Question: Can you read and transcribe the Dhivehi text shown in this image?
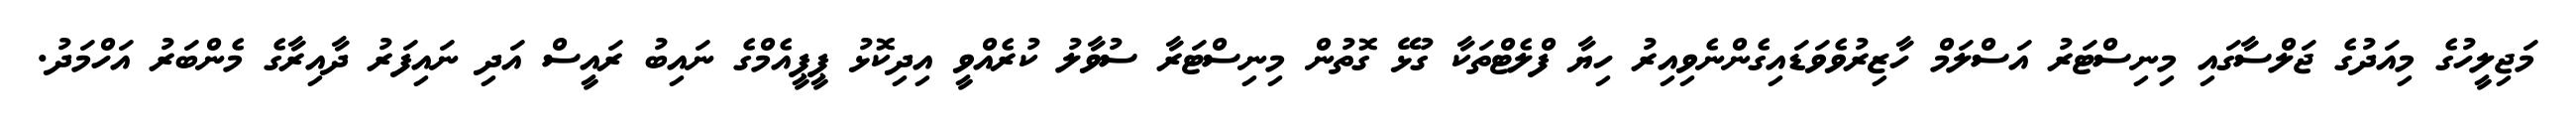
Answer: މަޖިލީހުގެ މިއަދުގެ ޖަލްސާގައި މިނިސްޓަރު އަސްލަމް ހާޒިރުވެވަޑައިގެންނެވިއިރު ހިޔާ ފްލެޓްތަކާ ގުޅޭ ގޮތުން މިނިސްޓަރާ ސުވާލު ކުރެއްވީ އިދިކޮޅު ޕީޕީއެމްގެ ނައިބު ރައީސް އަދި ނައިފަރު ދާއިރާގެ މެންބަރު އަހްމަދު.